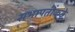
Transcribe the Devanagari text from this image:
सभापतींकडे